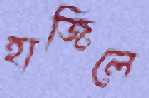
হাজিলে